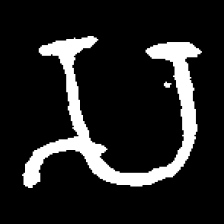
Pyu character \u2014 Myanmar letter: သ (romanized: sa)